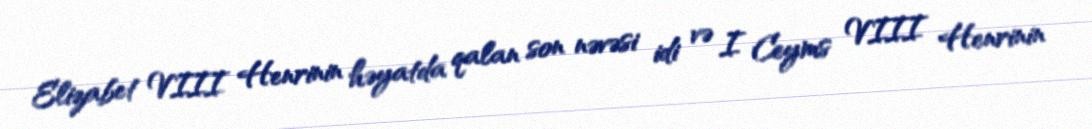
Elizabet VIII Henrinin həyatda qalan son nəvəsi idi və I Ceyms VIII Henrinin